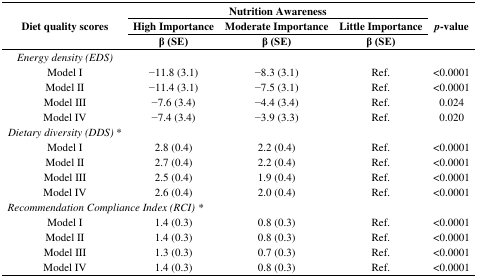
| <ROWSPAN=3> Diet quality scores | <COLSPAN=3> Nutrition Awareness | <ROWSPAN=3> p-value |
 | High Importance | Moderate Importance | Little Importance |
 | β (SE) | β (SE) | β (SE) |
 | --- | --- | --- | --- | --- |
 | Energy density (EDS) |  |  |  |  |
 | Model I | −11.8 (3.1) | −8.3 (3.1) | Ref. | <0.0001 |
 | Model II | −11.4 (3.1) | −7.5 (3.1) | Ref. | <0.0001 |
 | Model III | −7.6 (3.4) | −4.4 (3.4) | Ref. | 0.024 |
 | Model IV | −7.4 (3.4) | −3.9 (3.3) | Ref. | 0.020 |
 | Dietary diversity (DDS) * |  |  |  |  |
 | Model I | 2.8 (0.4) | 2.2 (0.4) | Ref. | <0.0001 |
 | Model II | 2.7 (0.4) | 2.2 (0.4) | Ref. | <0.0001 |
 | Model III | 2.5 (0.4) | 1.9 (0.4) | Ref. | <0.0001 |
 | Model IV | 2.6 (0.4) | 2.0 (0.4) | Ref. | <0.0001 |
 | <COLSPAN=5> Recommendation Compliance Index (RCI) * |
 | Model I | 1.4 (0.3) | 0.8 (0.3) | Ref. | <0.0001 |
 | Model II | 1.4 (0.3) | 0.8 (0.3) | Ref. | <0.0001 |
 | Model III | 1.3 (0.3) | 0.7 (0.3) | Ref. | <0.0001 |
 | Model IV | 1.4 (0.3) | 0.8 (0.3) | Ref. | <0.0001 |